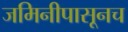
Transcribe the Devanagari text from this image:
जमिनीपासूनच